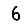
Digit: 6